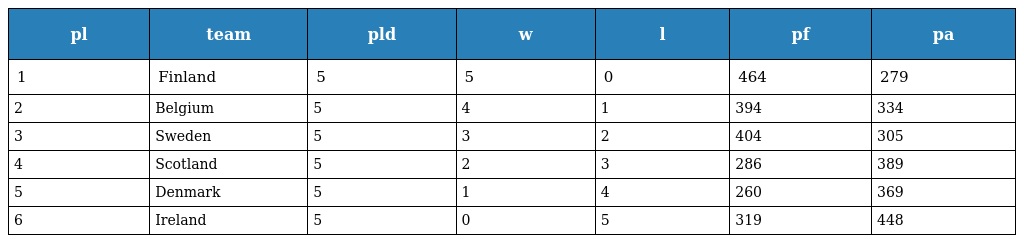
| pl | team | pld | w | l | pf | pa |
 | --- | --- | --- | --- | --- | --- | --- |
 | 1 | Finland | 5 | 5 | 0 | 464 | 279 |
 | 2 | Belgium | 5 | 4 | 1 | 394 | 334 |
 | 3 | Sweden | 5 | 3 | 2 | 404 | 305 |
 | 4 | Scotland | 5 | 2 | 3 | 286 | 389 |
 | 5 | Denmark | 5 | 1 | 4 | 260 | 369 |
 | 6 | Ireland | 5 | 0 | 5 | 319 | 448 |